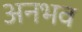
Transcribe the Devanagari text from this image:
अनभव